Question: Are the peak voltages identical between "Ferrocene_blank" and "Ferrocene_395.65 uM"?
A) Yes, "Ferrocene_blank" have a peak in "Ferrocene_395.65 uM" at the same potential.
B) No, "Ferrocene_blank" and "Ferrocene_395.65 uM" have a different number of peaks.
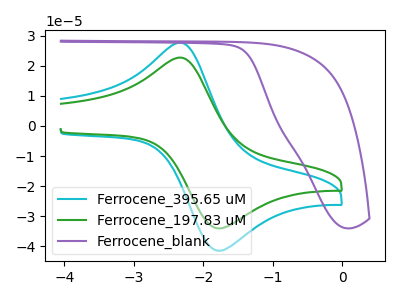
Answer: <think>The cyan curve "Ferrocene_395.65 uM" has an anodic peak at (-2.30V, 27.40uA) and a cathodic peak at (-1.75V, -41.40uA). The green curve "Ferrocene_197.83 uM" has an anodic peak at (-2.30V, 22.50uA) and a cathodic peak at (-1.75V, -34.00uA). The purple curve "Ferrocene_blank" has no peaks.</think>
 <answer>B) No, "Ferrocene_blank" and "Ferrocene_395.65 uM" have a different number of peaks.</answer>
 <eval>B</eval>